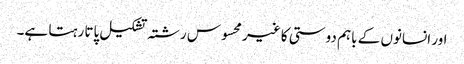
اور انسانوں کے باہم دوستی کا غیر محسوس رشتہ تشکیل پاتا رہتا ہے۔